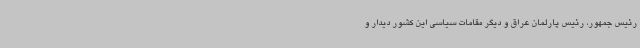
رئیس جمهور، رئیس پارلمان عراق و دیگر مقامات سیاسی این کشور دیدار و